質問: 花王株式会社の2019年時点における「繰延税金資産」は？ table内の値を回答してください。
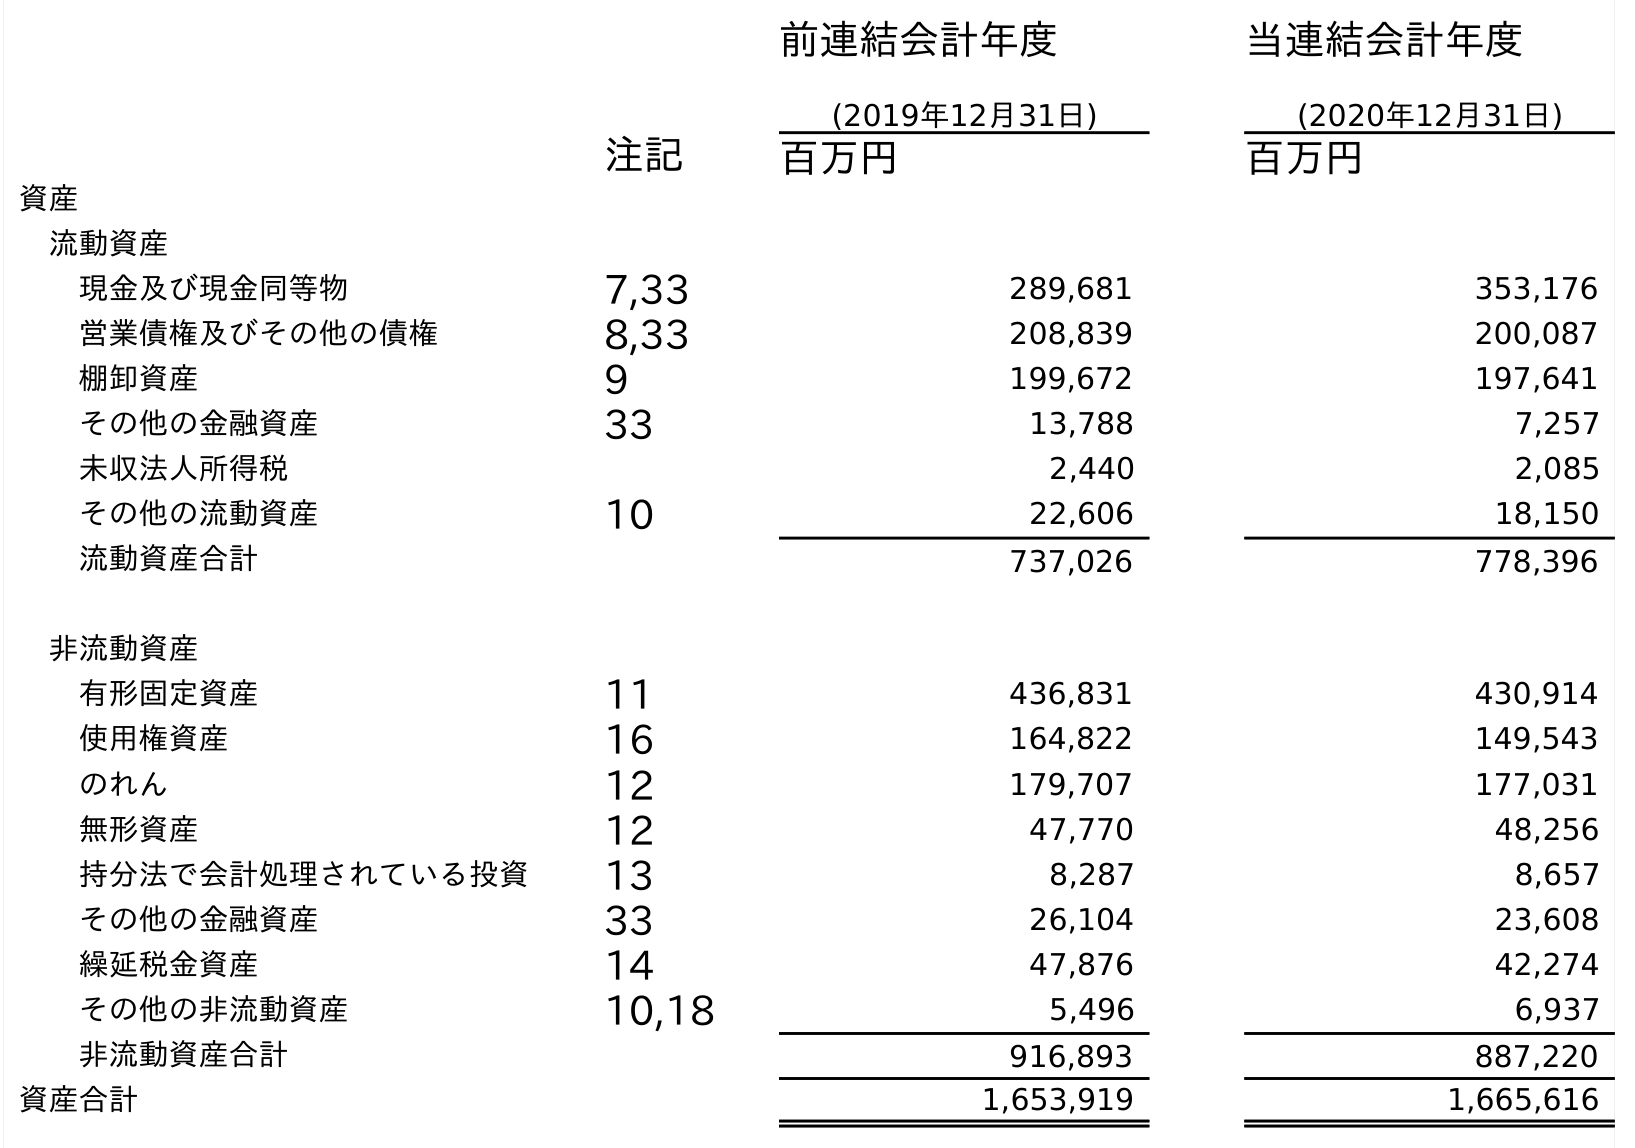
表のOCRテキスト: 前連結会計年度 (2019年12月31日) 当連結会計年度 (2020年12月31日) 注記 百万円 百万円 資産 流動資産 現金及び現金同等物 7,33 289,681 353,176 営業債権及びその他の債権 8,33 208,839 200,087 棚卸資産 9 199,672 197,641 その他の金融資産 33 13,788 7,257 未収法人所得税 2,440 2,085 その他の流動資産 10 22,606 18,150 流動資産合計 737,026 778,396 非流動資産 有形固定資産 11 436,831 430,914 使用権資産 16 164,822 149,543 のれん 12 179,707 177,031 無形資産 12 47,770 48,256 持分法で会計処理されている投資 13 8,287 8,657 その他の金融資産 33 26,104 23,608 繰延税金資産 14 47,876 42,274 その他の非流動資産 10,18 5,496 6,937 非流動資産合計 916,893 887,220 資産合計 1,653,919 1,665,616
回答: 47,876